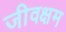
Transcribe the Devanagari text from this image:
जीवक्षम